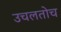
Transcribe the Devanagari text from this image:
उचलतोच